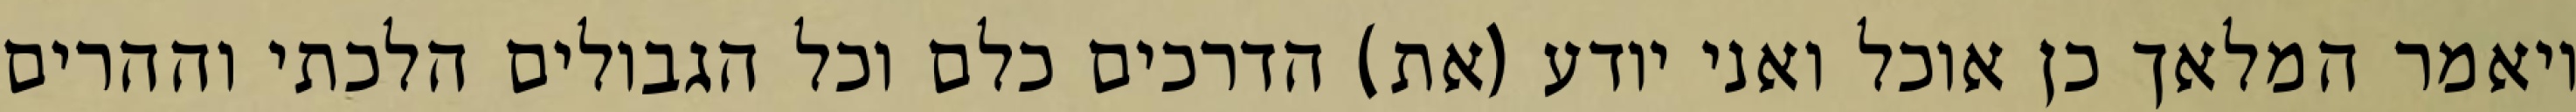
ויאמר המלאך כן אוכל ואני יודע (את) הדרכים כלם וכל הגבולים הלכתי וההרים